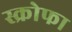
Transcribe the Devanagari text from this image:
स्क्रोफा